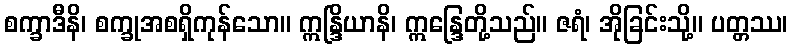
စက္ခာဒီနိ၊ စက္ခုအစရှိကုန်သော။ ဣန္ဒြိယာနိ၊ ဣန္ဒြေတို့သည်။ ဇရံ၊ အိုခြင်းသို့။ ပတ္တဿ၊